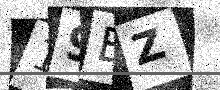
Text: 19BZ